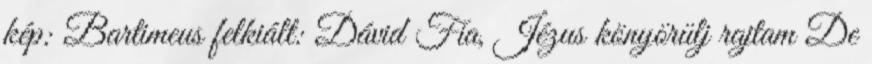
kép: Bartimeus felkiált: Dávid Fia, Jézus könyörülj rajtam De